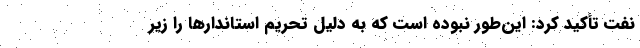
نفت تأکید کرد: این‌طور نبوده است که به دلیل تحریم استاندارها را زیر